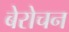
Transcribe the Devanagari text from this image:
बेरोचन